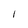
Character: l